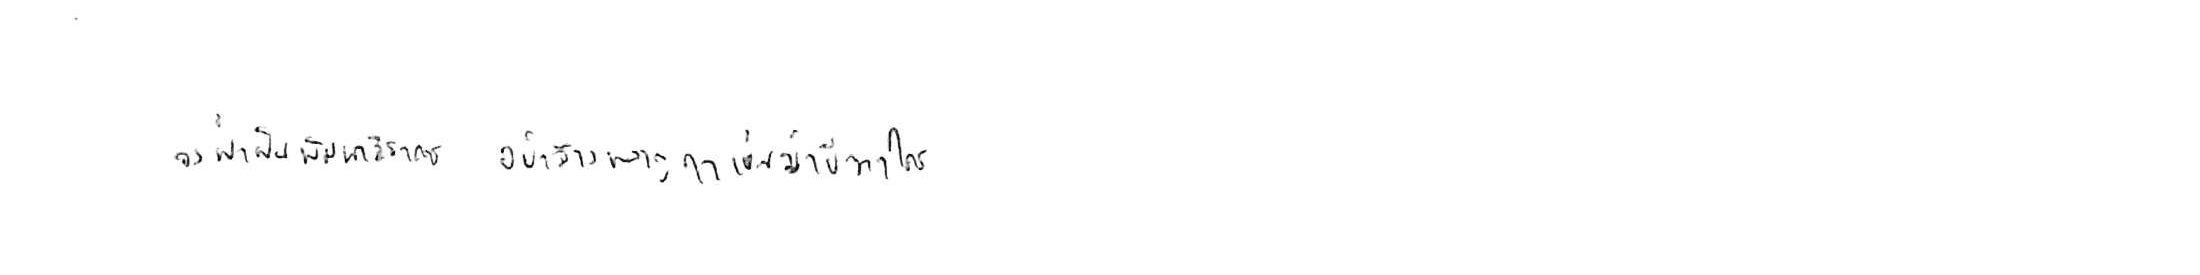
จงฝ่าฟันพัฒนาวิชาการ อย่าล้างผลาญฤๅเข่นฆ่าบีฑาใคร